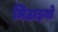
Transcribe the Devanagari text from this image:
मिठाइयो